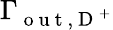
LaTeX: \Gamma_{\mathrm{~o~u~t~},\mathrm{~D~}^{+}}